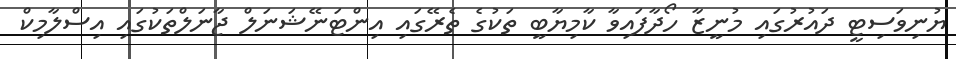
ޔުނިވަސިޓީ ދައުރުގައި މުނީޒާ ހޯދާފައިވާ ކާމިޔާބީ ތަކުގެ ތެރޭގައި އިންޓަނޭޝަނަލް ޖާނަލްތަކުގައި އިސްލާމިކް